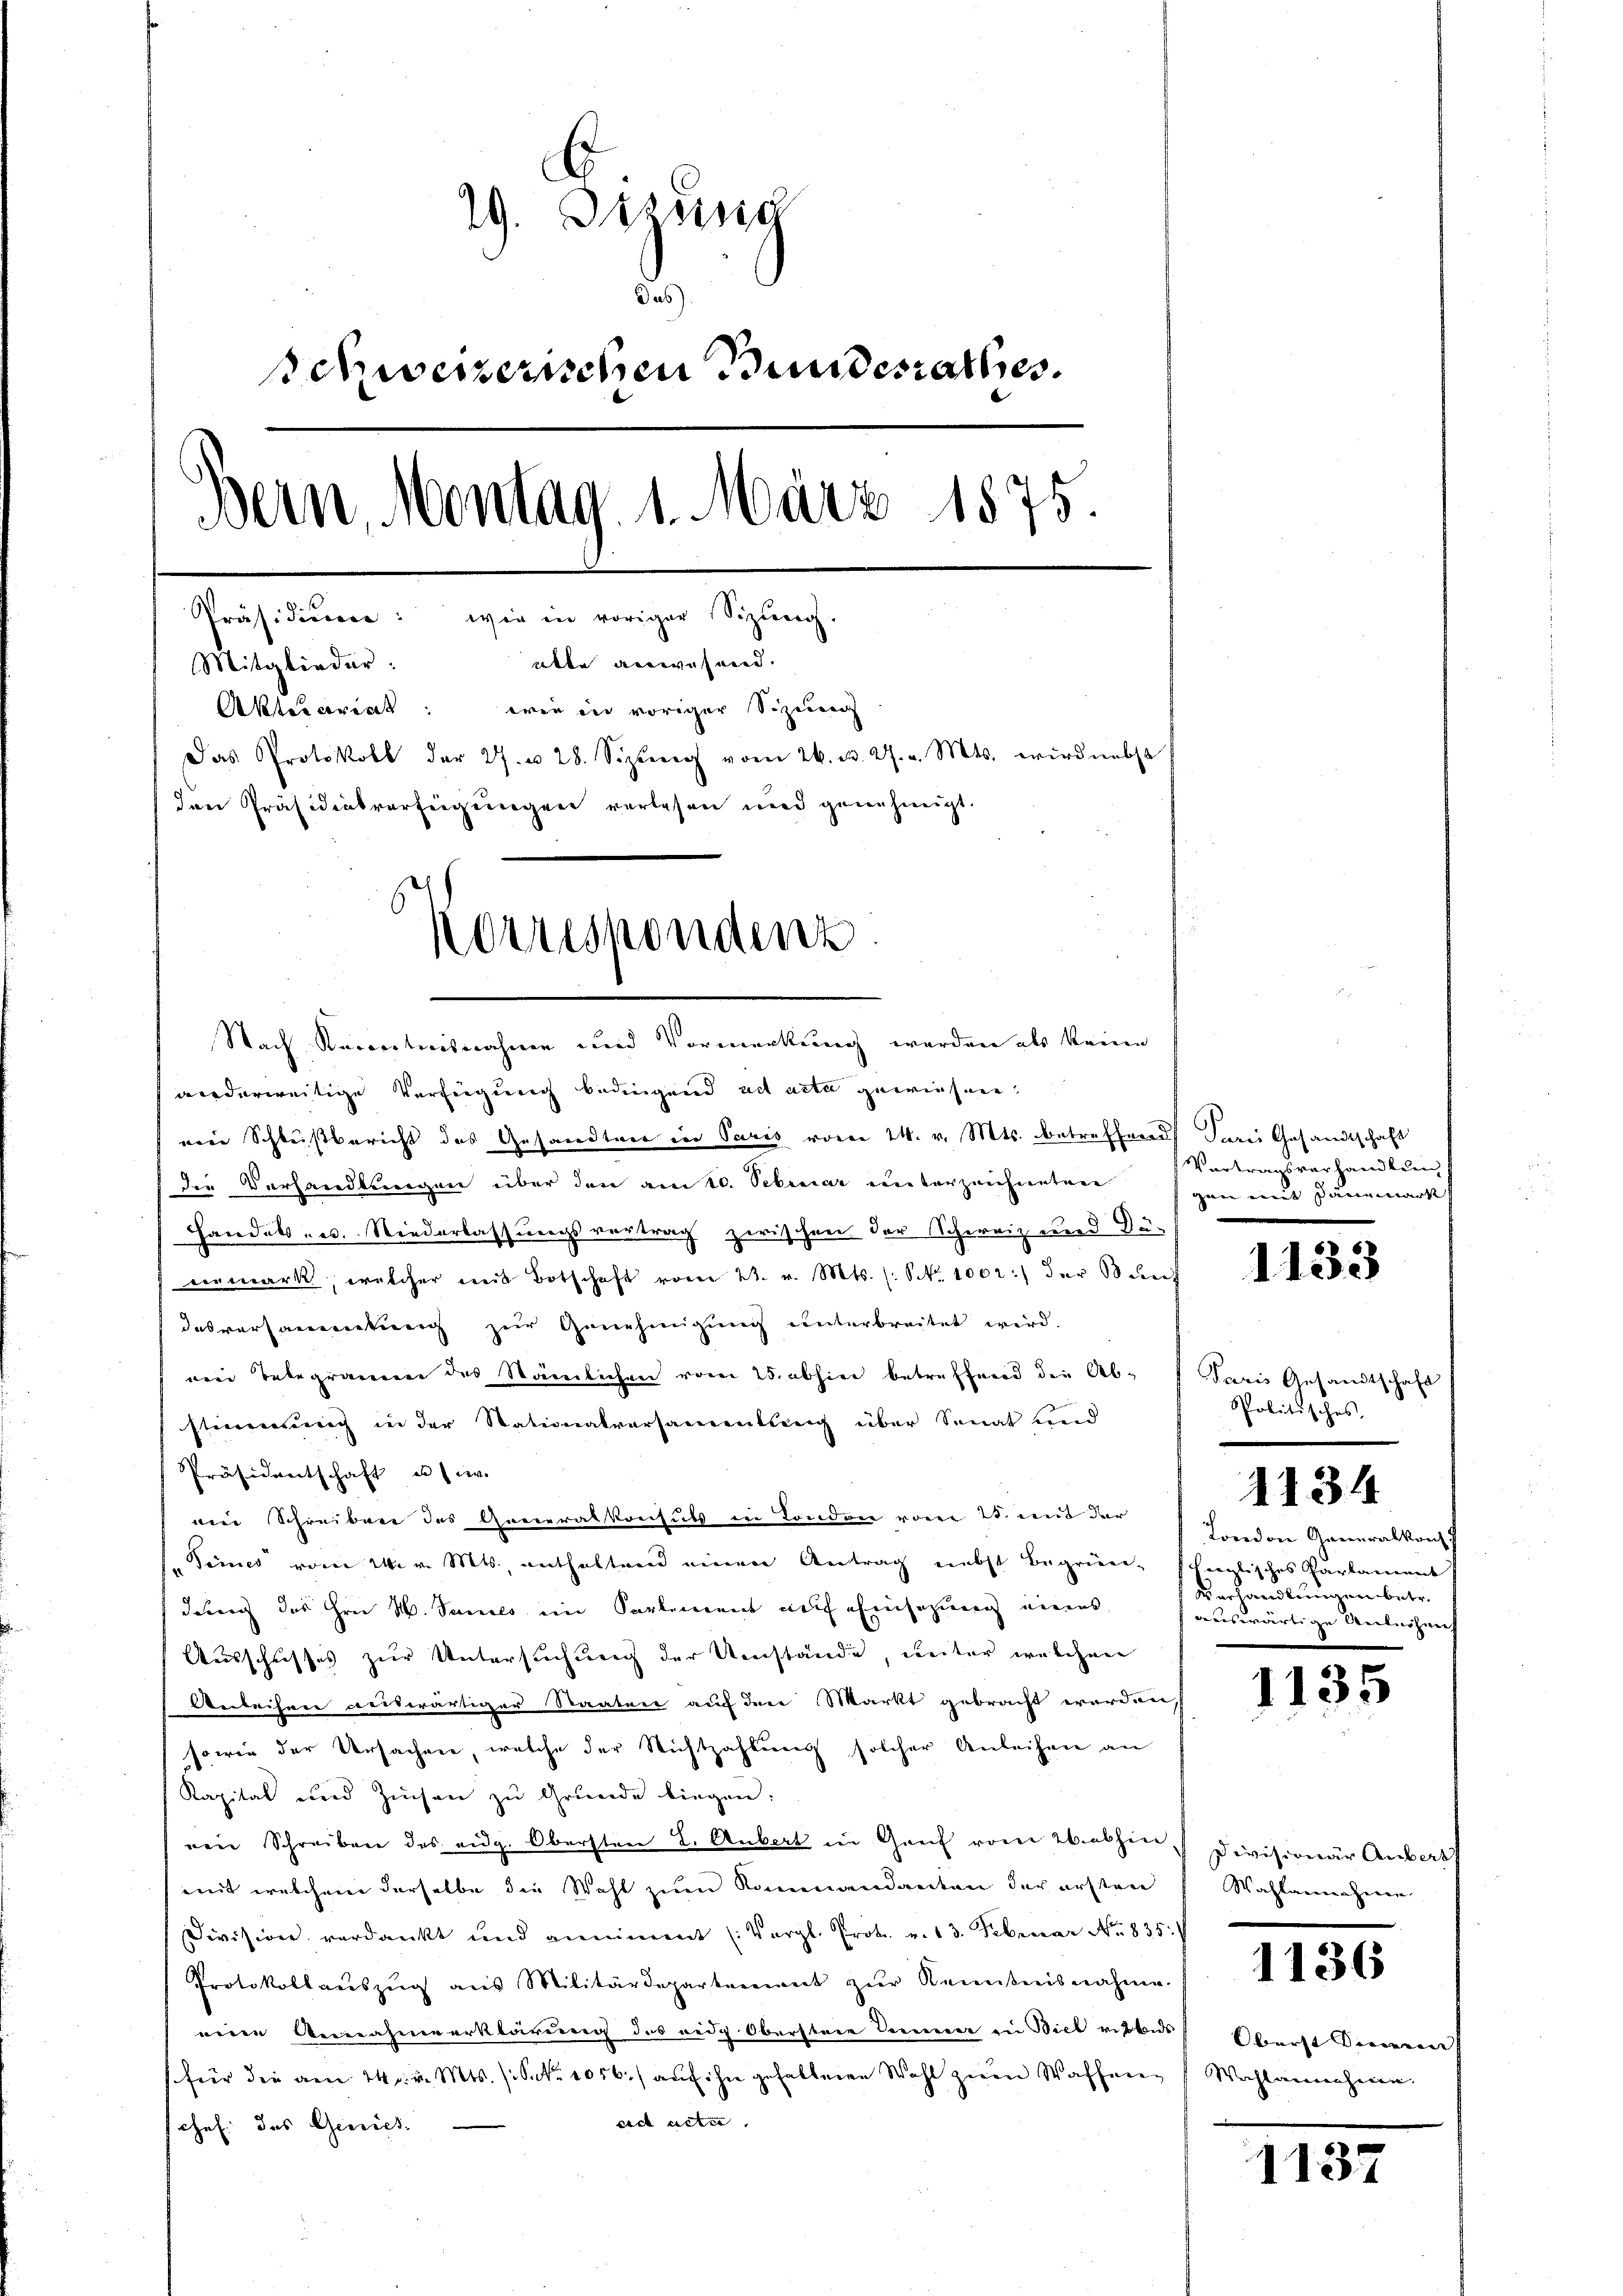
29. Sitzung
Das
schweizerischen Bundesrathes.
Bern, Montag. 1. März 1875
Präsidium: wie in voriger Sizung
atte anwesend.
Mitglieder:
Aktuariat: wie in voriger Sizeirec
Das Protokoll der 27. u 28. Sizŭng vom 26. d. 27. v. Mts. wird nebst
den Präsidialverfeigungen verlesen und genehmigt.
ershondenz

Nach Karrertnisnahme und Vormerkung werden als keine
wiederweitige Verfügung bedingend ad acta gewiesene
von Schlußbericht des Gesandtner in Paris voren 24. v. Mts. betreffend darei Gesandtschaft
die Verhandlungen über den am 10. Sebruar unterzeichnetene
Handels- u. Niederlassungsvertrag zwischen der Schweiz und Dü-
vermark, welcher mit Botschaft vom 22. v. Mts. (: S. 1002:) der Sanf
desversammtweg zur Genehmigung unterbreitet wird.
drei Telegrammen des Stämmlichen vom 25. abhin betreffend der Ab- Paris Gesandtschaft
stimmung in der Stationalversamentlung über Senat und
Präsidentschaft u. zw.
ain Schreiben des Generalkonsuls in London vom 25. und der
Times vom 14. v. Mts. enthaltend einen Antrag nebst Begrün-
dadurch das Hrn. W. Samels ein Partement auf Einsazung eines
Ausschusses zur Untersuchung der Umstände, unter welchen
Anleihen wiewärtiger Staaten auf den Markt gebracht werden,
sowie der Ursachen, welche der Richtzahlung solcher Anleihen an
Kapital und Zinsen zu Grunde liegen:
nen Schreiben des eidg. Obersten 2. Aubert in Greif von Washinmit welchem derselbe die Wahl zum Kommandanten der ersten
Division verdankt und annimmt (Vergl. Prok. v. 13. Februar No. 835.
Protokollaŭszŭg ans Militärdepartement zŭr Kenntnisnahme.
eine Annahmeerklärung des eidg Oberstere Sommer in Biel risbads
(für die am 14. v. Mts. (Sekr. 1056.) auf ihn gehaltenen Wohl zum Waffenen Wahlannehmen.
sich acter
schef das Gerich

Vortragsverhandlung f
gen mit Dannmarkt,

1133

Politisches,

1134

London Generalkont
englisches Parlament
Verhandlungen betr.
dauswärtige Unterhaus

1135

Divisionär Aubert
Wahlannehmen.

1136

Oberst Dineren

1137